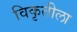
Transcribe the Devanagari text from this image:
विकृतीला